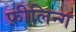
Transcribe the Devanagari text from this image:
फ़ीलिन्ग